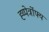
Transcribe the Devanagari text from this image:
ह्य्पेर्त्रोफ्य